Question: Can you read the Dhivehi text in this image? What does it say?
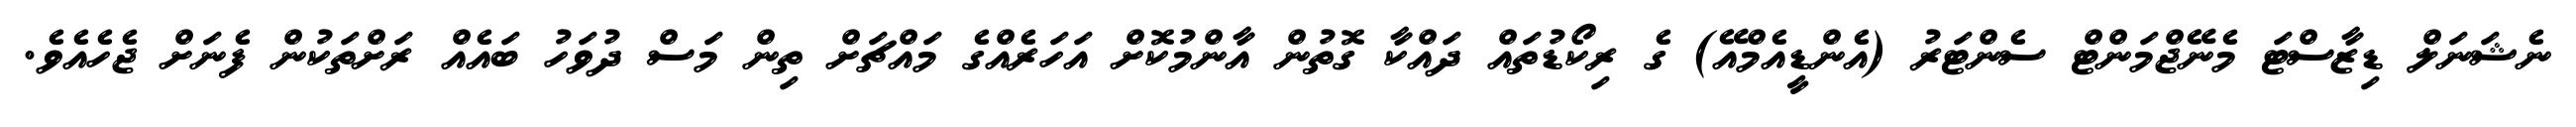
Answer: ނެޝަނަލް ޑިޒާސްޓަ މެނޭޖްމަންޓް ސެންޓަރު (އެންޑީއެމްއޭ) ގެ ރިކޯޑުތައް ދައްކާ ގޮތުން އާންމުކޮށް އަހަރެއްގެ މައްޗަށް ތިން މަސް ދުވަހު ބައެއް ރަށްތަކުން ފެނަށް ޖެހެއެވެ.